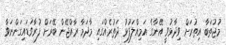
މުޖުތަބާ އިތުރަށް ވިދާޅުވީ އޭނާގެ އަމިއްލަފުޅު ދަތުރެއްގައި މާދަމާ ރާއްޖޭން ބޭރަށް ފުރާވަޑައިގަންނަވާ